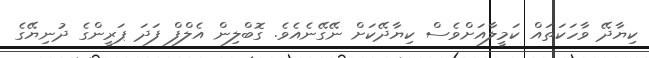
ކިޔާދޭ ވާހަކަތައް ކަމީލާއަށްވެސް ކިޔާދޭކަށް ނޭގޭނެއެވެ. ގޮބްލިން އެލްފް ފަދަ ޕަރީންގެ ދުނިޔޭގެ